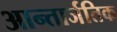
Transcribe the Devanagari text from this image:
आन्तार्जतिक